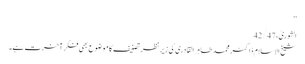
‘‘
الشوریٰ، 42/47
شیخ الاسلام ڈاکٹر محمد طاہر القادری کی زیرِ نظر تصنیف کا موضوع بھی فکرِ آخرت ہے۔